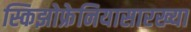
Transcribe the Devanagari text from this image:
स्किझोफ्रेनियासारख्या